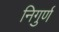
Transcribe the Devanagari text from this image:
निगुर्ण